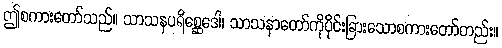
ဤစကားတော်သည်။ သာသနပရိစ္ဆေဒေါ၊ သာသနာတော်ကိုပိုင်းခြားသောစကားတော်တည်း။